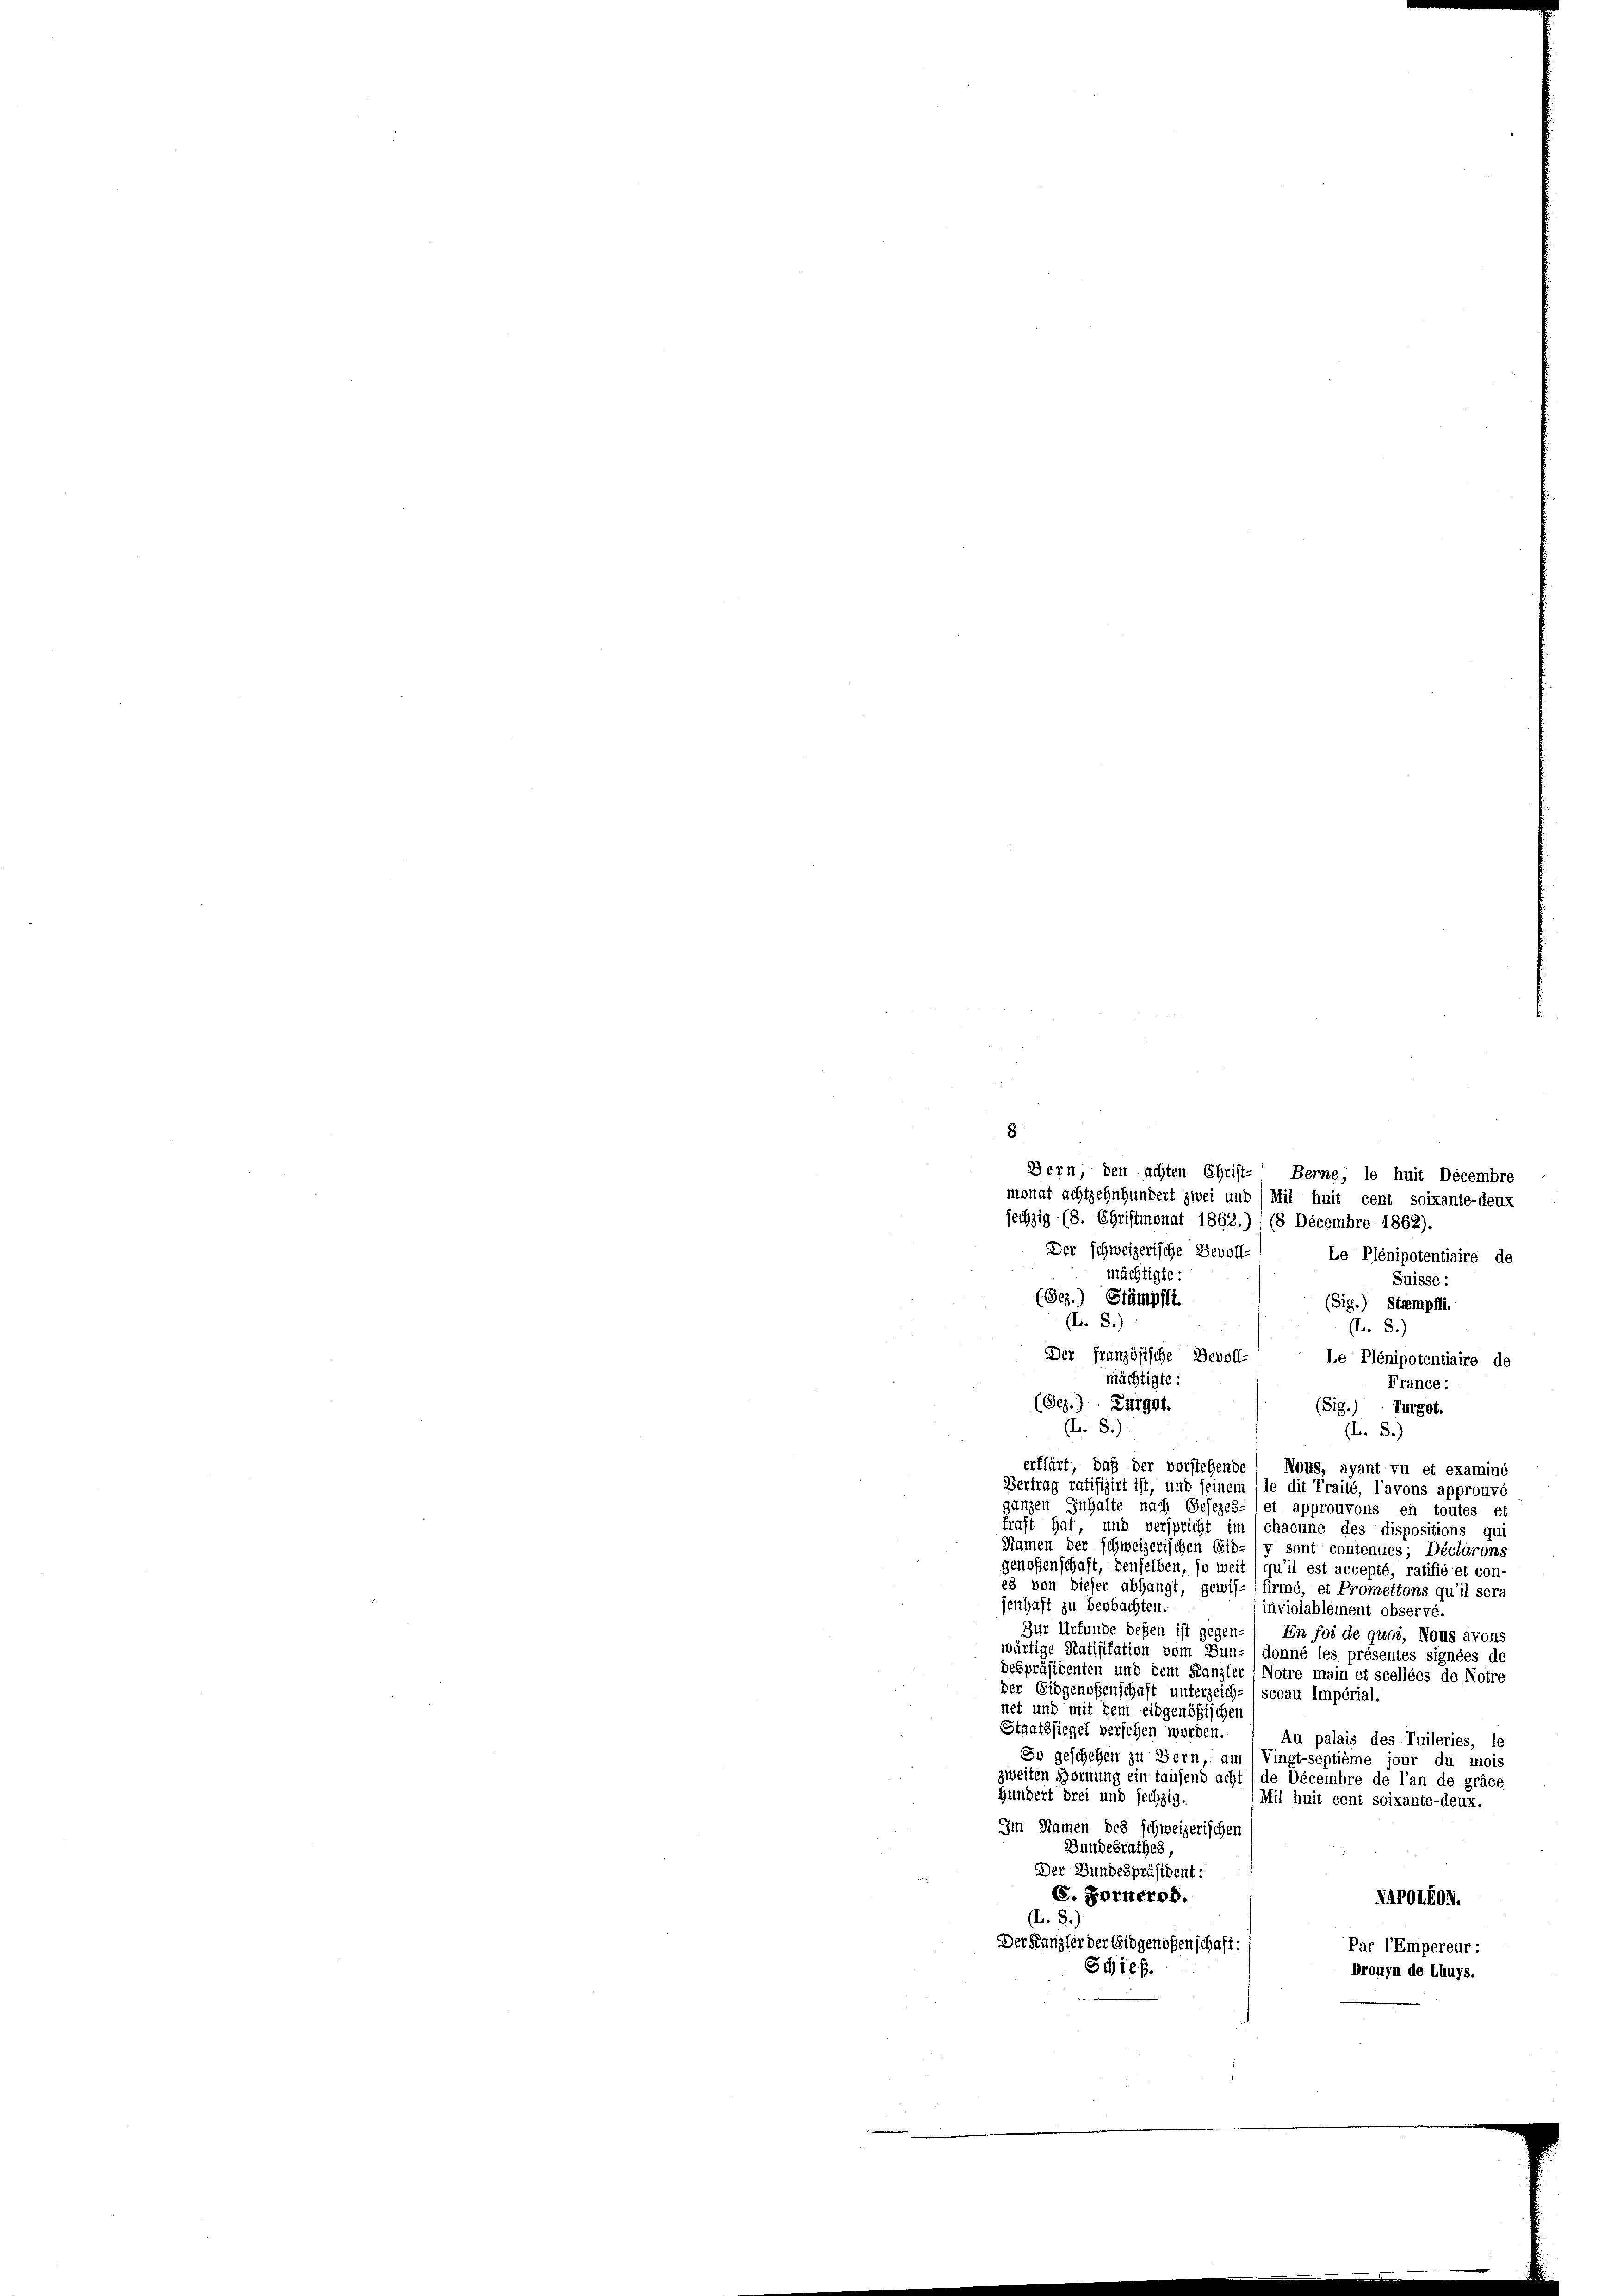
8

(L. S.)

Bern, den achten Christ- Berne, le huit Decembre
monat achtzehnhundert zwei und Mil huit cent soixante-deux
sechzig (8. Christmonat 1862.) 1 (8 Decembre 1862).
Der schweizerische Bevoll-
Le Plénipotentiaire de
mächtigte:
Suisse:
(Ges.) Stämpfli
Sig.) Stampfli.
(L. S.)
(L. S.)
Der französische Bevoll-
Le Plénipotentiaire de
mächtigte:
France:
(Bez.) Zugst.
(Sig.) Turgot.
(L. 8.
erklärt, daß der vorstehende
Nons, ayant vu et examiné
Vertrag ratifizirt ist, und seinem
dit Traité, l’avons approuvé
ganzen Inhalte nach Gesezes- (et approuvons en toutes et
traft hat, und verspricht im (chacune des dispositions qui
Namen der schweizerischen Eib-(y sont contenues; Déclarons
genoßenschaft, denselben, so weit qu’il est accepté, ratifié et con-
es von dieser abhangt, gewis- (firmé, et Promettons qu’il sera
jenhaft zu beobachten.
inviolablement observé.
Zur Urkunde deßen ist gegen- En fol de quoi, Nous avon:
wärtige Ratifikation vom Sun- donné les présentes signées de
despräsidenten und dem Kanzler (Notre main et scellées de Notre
der Eidgenoßenschaft unterzeich-, sceau Impérial.
net und mit dem eidgenößischen
Staatssiegel verschen worden.
Au palais des Tuileries, le
So geschehen zu Bern, am Vingt-septième jour du mois
zweiten Hornung ein tausend acht de Décembre de l’an de gräce
Hundert drei und sechzig.
Mil huit cent soixante-deux.
Im Namen des schweizerischen
Bundesrathes,
Der Bundespräsident:
C. Fornerod.
VAPotfov.
(L. S.)
Der Kanzler der Eidgenoßenschaft:
Par l’Empereur-
Schieß.
Drouyn de Lhuys.